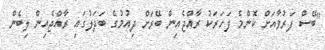
"ބޭސް ފަރުވާއަށް ކޮންމެ ފަހަރަކު ރާއްޖެއިން ބޭރަށް ދިއުމުގެ ބަދަލުގައި ރާއްޖެއިން ލިބެން